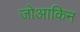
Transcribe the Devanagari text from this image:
जोआकिन